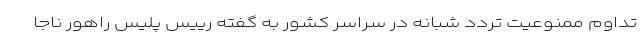
تداوم ممنوعیت تردد شبانه در سراسر کشور به گفته رییس پلیس راهور ناجا